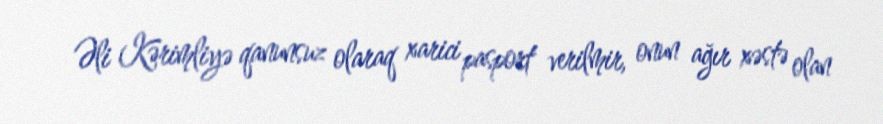
Əli Kərimliyə qanunsuz olaraq xarici pasport verilmir, onun ağır xəstə olan